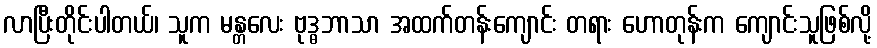
လာပြီးတိုင်းပါတယ်၊ သူက မန္တလေး ဗုဒ္ဓဘာသာ အထက်တန်းကျောင်း တရား ဟောတုန်းက ကျောင်းသူဖြစ်လို့